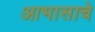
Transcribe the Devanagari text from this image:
आभासाचे